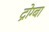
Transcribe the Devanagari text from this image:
द्रोग्बा